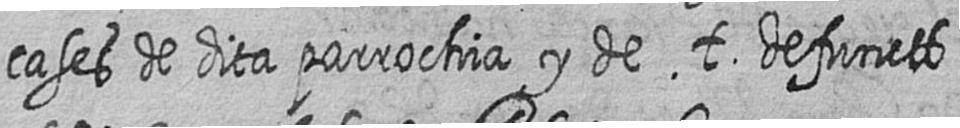
cases de dita parrochia y de t defuncts